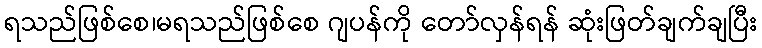
ရသည်ဖြစ်စေ၊မရသည်ဖြစ်စေ ဂျပန်ကို တော်လှန်ရန် ဆုံးဖြတ်ချက်ချပြီး